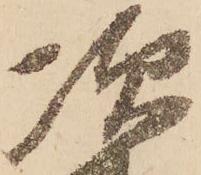
次